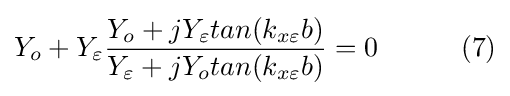
Y_{o}+Y_{\varepsilon }{\frac {Y_{o}+jY_{\varepsilon }tan(k_{x\varepsilon }b)}{Y_{\varepsilon }+jY_{o}tan(k_{x\varepsilon }b)}}=0\ \ \ \ \ \ \ \ \ (7)